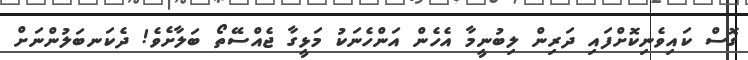
ގޮސް ކައިވެނިކޮށްފައި ދަރިން ލިބުނީމާ އެހެން އަންހެނަކު މަޅީގާ ޖެއްސޭތޯ ބަލާށެވެ! ދެކަނބަލުންނަށް